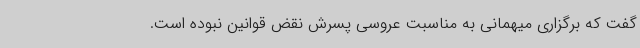
گفت که برگزاری میهمانی به مناسبت عروسی پسرش نقض قوانین نبوده است.